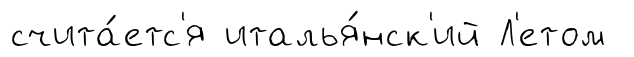
счита́етс'я италья́нск'ий Л'етом